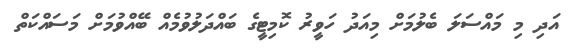
އަދި މި މައްސަލަ ބެލުމަށް މިއަދު ހަވީރު ކޮމިޓީގެ ބައްދަލުވުމެއް ބޭއްވުމަށް މަސައްކަތް